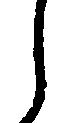
し